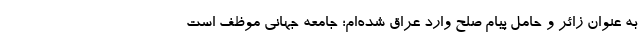
به عنوان زائر و حامل پیام صلح وارد عراق شده‌ام؛ جامعه جهانی موظف است